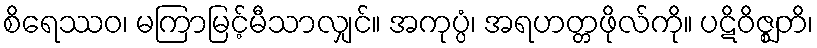
စိရေဿဝ၊ မကြာမြင့်မီသာလျှင်။ အကုပ္ပံ၊ အရဟတ္တဖိုလ်ကို။ ပဋိဝိဇ္ဈတိ၊